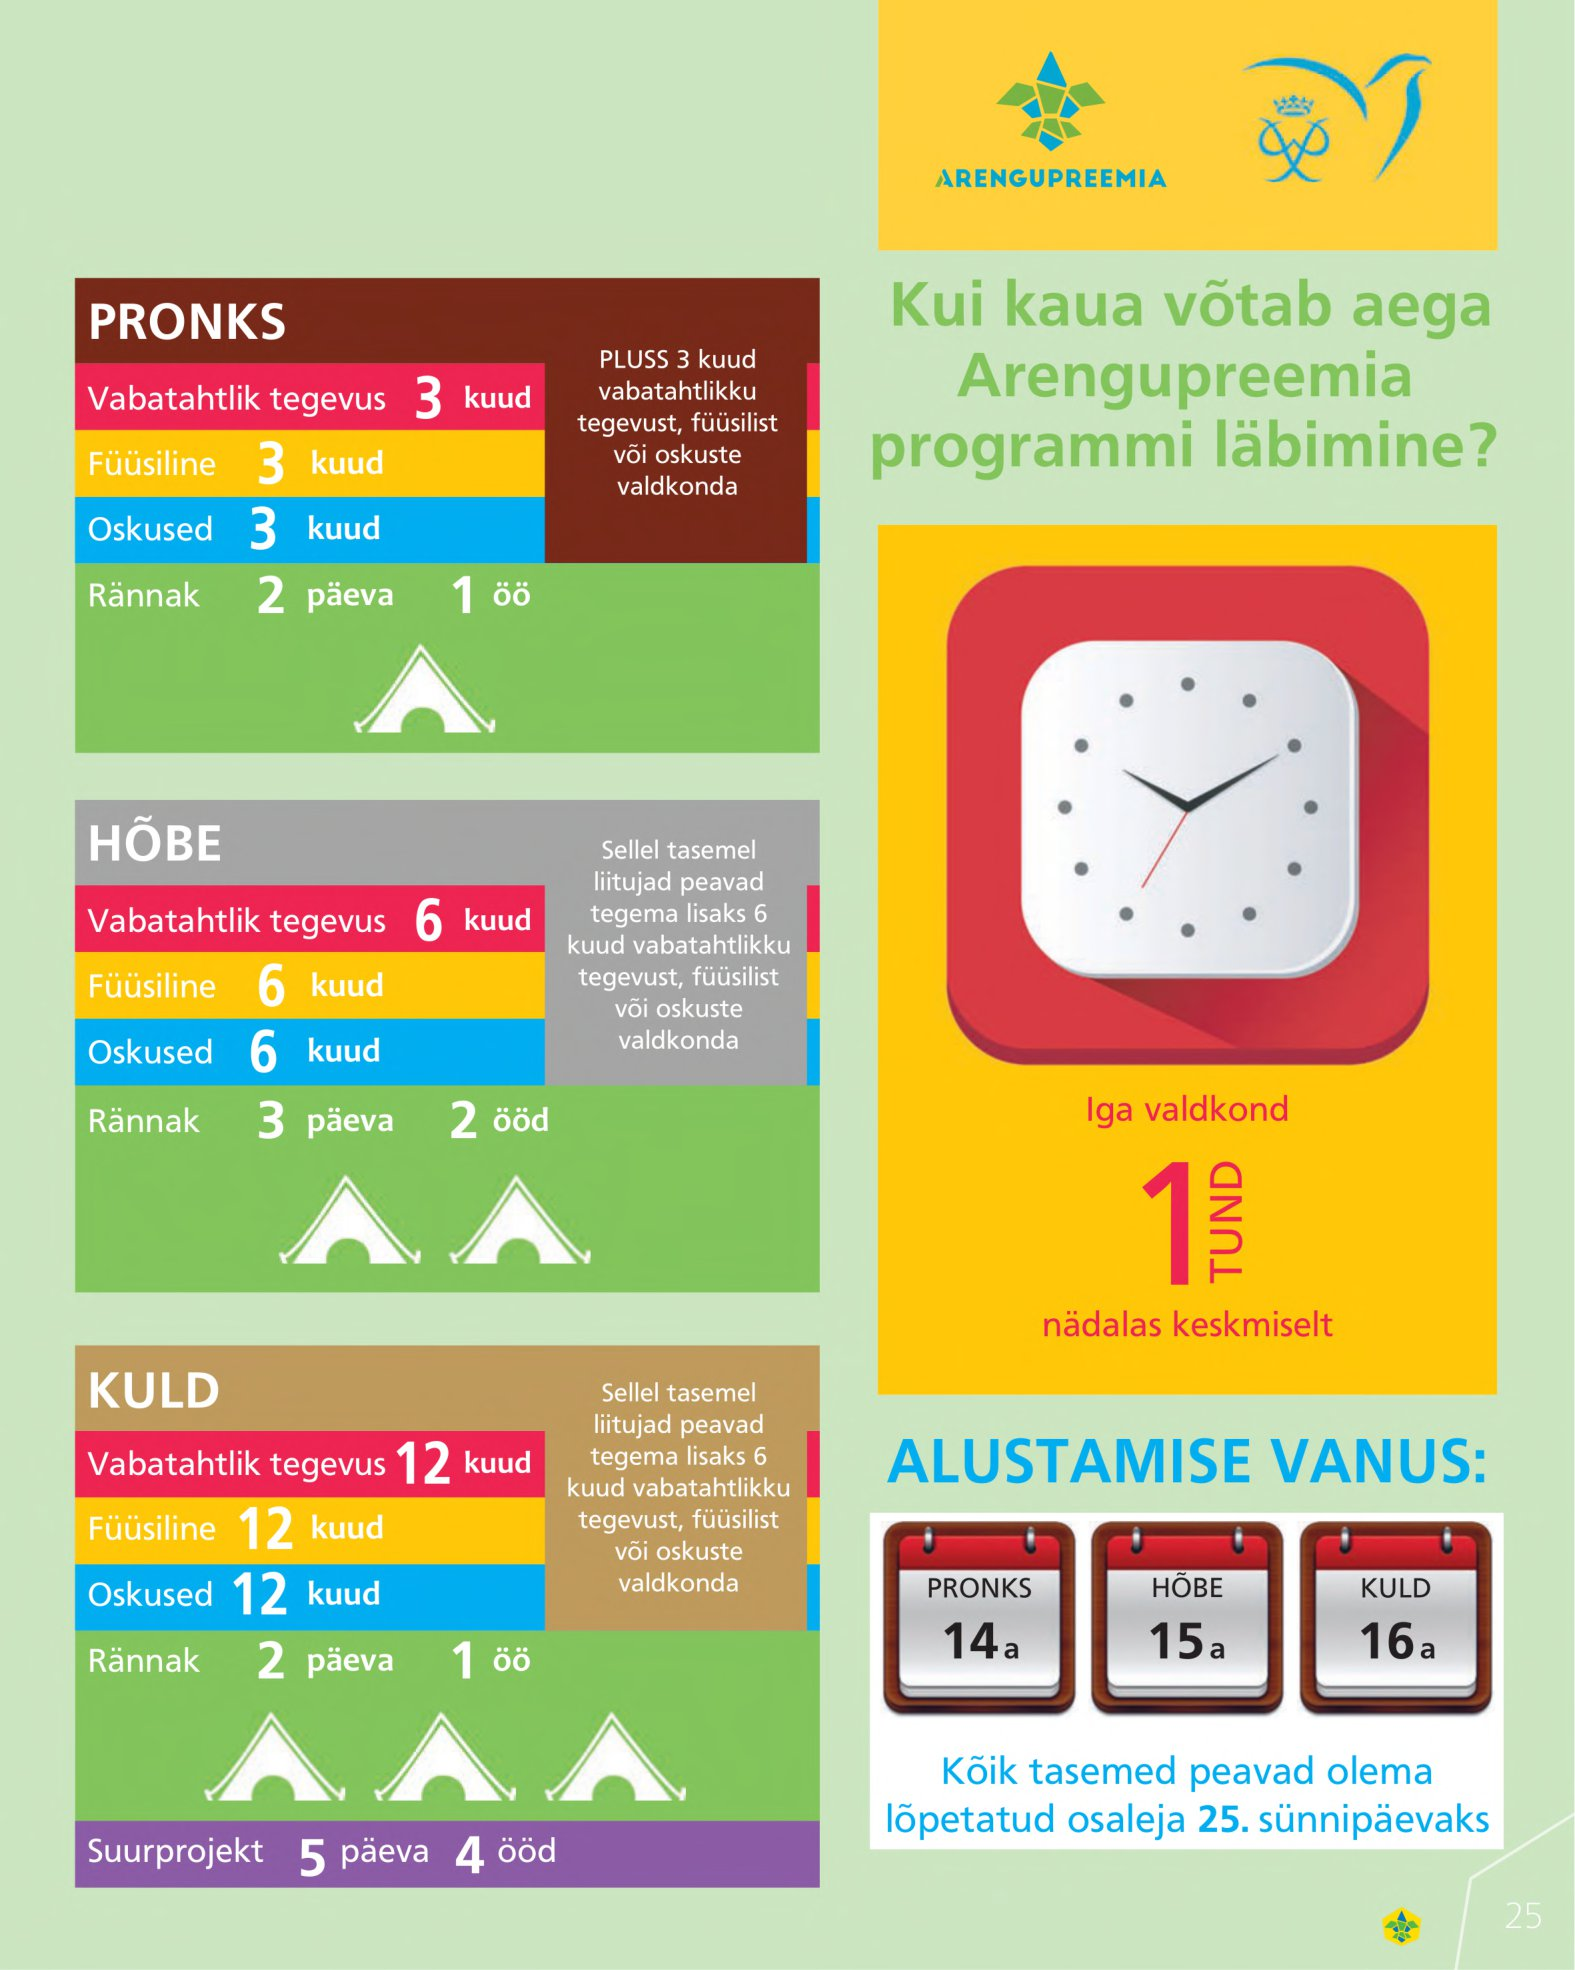
Language: et